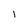
Character: I